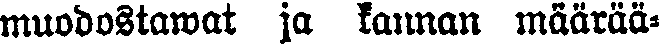
muodostawat ja kannan määrää-